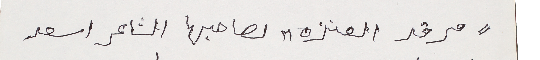
"مرقد" العنزه لصاحبها الشاعر اسعد